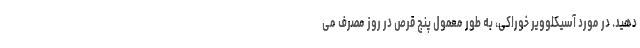
دهید. در مورد آسیکلوویر خوراکی، به طور معمول پنج قرص در روز مصرف می